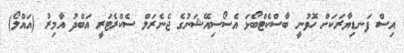
އިސް ފަނޑިޔާރަކަށް ހޮވުނީ ބާސްކެޓްބޯޅަ އެސޯސިއޭޝަނުގެ ޖެނެރަލް ސެކްރެޓަރީ އަބްދު އާމިރު (އައްލޯ)